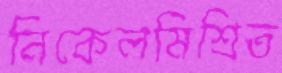
নিকেলমিশ্রিত